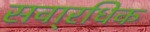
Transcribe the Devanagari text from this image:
सवा्रधिक